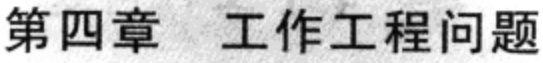
第四章 工作工程问题